Annual report on the health of the army in India
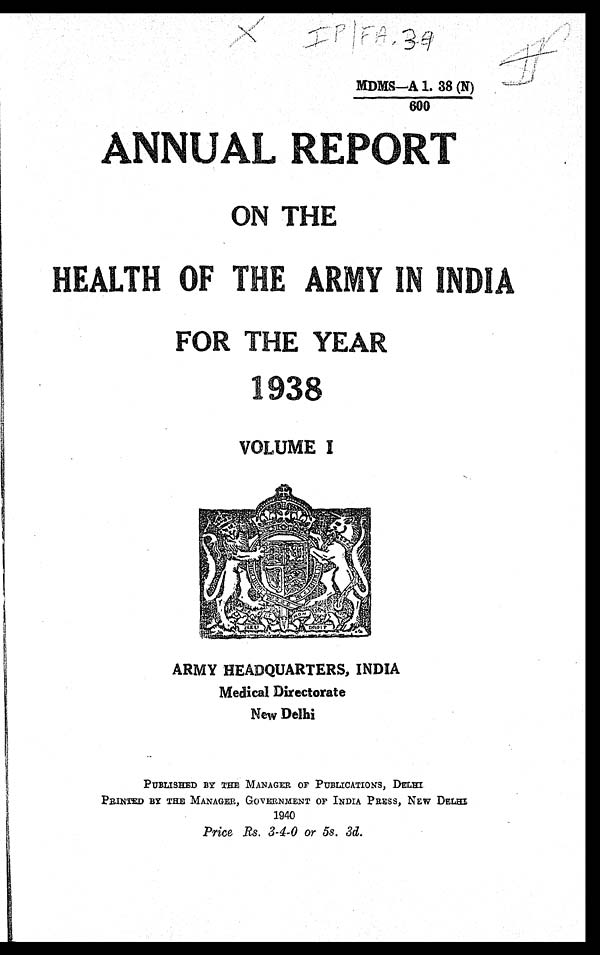
M D M S — A 1 . 3 8 ( N )
— — — — — — — —
6 0 0
A N N U A L R E P O R T
ON THE
H E A L T H O F T H E A R M Y I N
I N D I AF
O R T H E Y E A R 1 9 3 8
VOLUME 1
ARMY HEADQUARTERS, INDIA
Medical Directorate
New Delhi
PUBLISHED BY THE MANAGER OF PUBLICATIONS, DELHI
PRINTED BY TILE MANAGER, GOVERNMENT OF INDIA PRESS, NEW DELHI
1940
Price Rs. 3-4-0 or 5s. 3d.